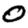
Digit: 0